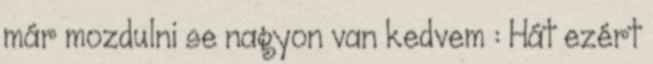
már mozdulni se nagyon van kedvem : Hát ezért